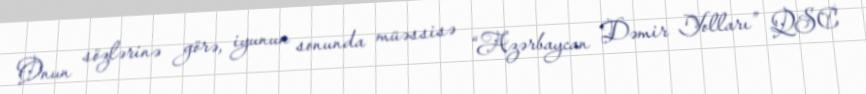
Onun sözlərinə görə, iyunun sonunda müəssisə “Azərbaycan Dəmir Yolları” QSC